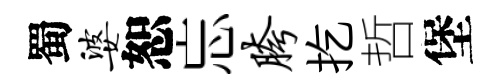
蜀婆恕忘胯扢哲堡